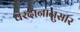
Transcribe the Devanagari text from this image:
वरदानानुसार